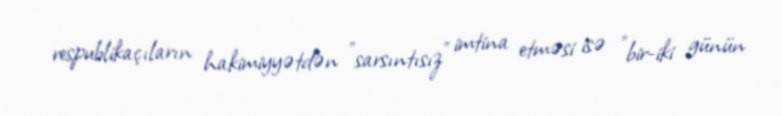
respublikaçıların hakimiyyətdən "sarsıntısız" imtina etməsi isə "bir-iki günün